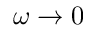
\omega \rightarrow 0